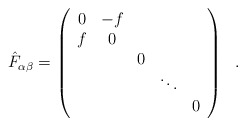
\begin{align*}{\hat F}_{\alpha\beta} = \left( \begin{array}{ccccc} 0& -f & & & \\ f & 0& & & \\ & & 0 & & \\ & & &\ddots & \\ & & & & 0 \end{array} \right)~~.\end{align*}